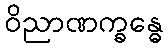
ဝိညာဏက္ခန္ဓေ